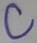
Text: C